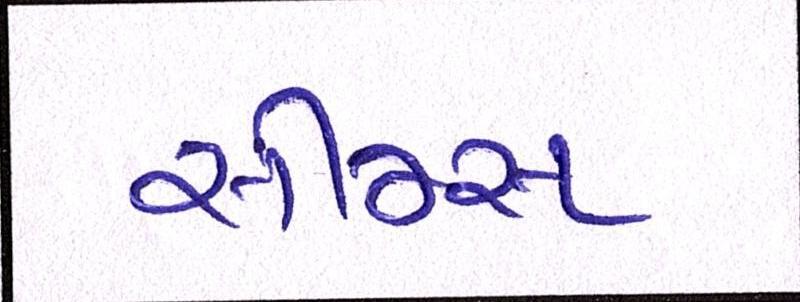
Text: સીમ્સ